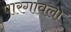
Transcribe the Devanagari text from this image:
पारगावला